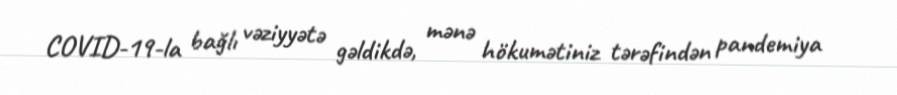
COVID-19-la bağlı vəziyyətə gəldikdə, mənə hökumətiniz tərəfindən pandemiya